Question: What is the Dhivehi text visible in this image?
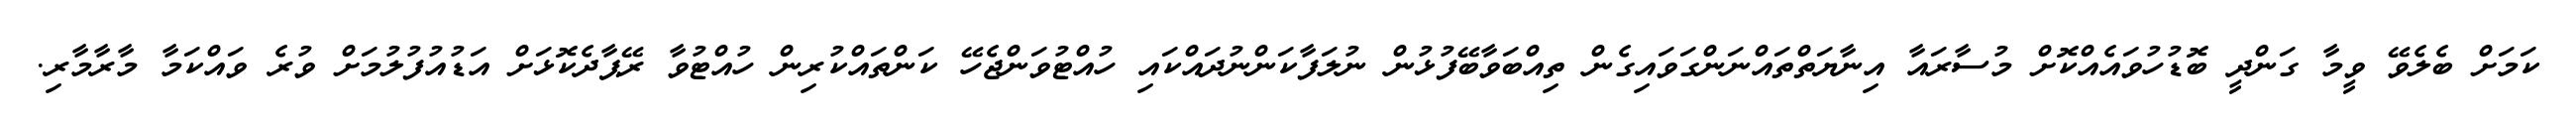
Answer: ކަމަށް ބެލެވޭ ވީމާ ގަންދީ ބޮޑުހުވައެއްކޮށް މުސާރައާ އިނާޔަތްތައްނަންގަވައިގެން ތިއްބަވާބޭފުޅުން ނުލަފާކަންނުދައްކައި ހުއްޓުވަންޖެހޭ ކަންތައްކުރިން ހުއްޓުވާ ރޭޕާދެކޮޅަށް އަޑުއުފުލުމަށް ވުރެ ވައްކަމާ މާރާމާރި.